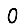
Digit: 0